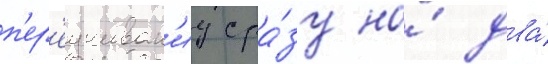
п'ер'еучиван'иу сра́зу на́ два́